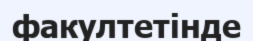
факултетінде